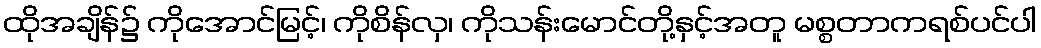
ထိုအချိန်၌ ကိုအောင်မြင့်၊ ကိုစိန်လှ၊ ကိုသန်းမောင်တို့နှင့်အတူ မစ္စတာကရစ်ပင်ပါ